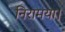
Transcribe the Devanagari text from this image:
निरामया।